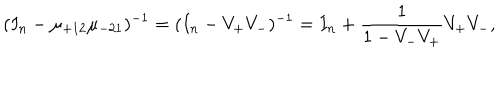
( I _ { n } - \mu _ { + 1 2 } \mu _ { - 2 1 } ) ^ { - 1 } = ( I _ { n } - V _ { + } V _ { - } ) ^ { - 1 } = I _ { n } + \frac { 1 } { 1 - V _ { - } V _ { + } } V _ { + } V _ { - } ,